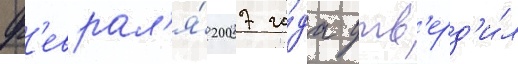
ф'еврал'я́ 2007 го́да утв'ерд'и́л